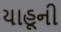
યાહૂની